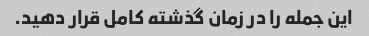
این جمله را در زمان گذشته کامل قرار دهید.